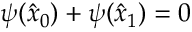
\psi ( \hat { x } _ { 0 } ) + \psi ( \hat { x } _ { 1 } ) = 0